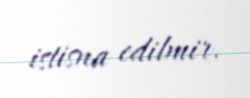
istisna edilmir.